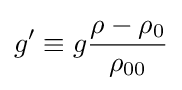
g^{\prime }\equiv g{\frac {\rho -\rho _{0}}{\rho _{00}}}